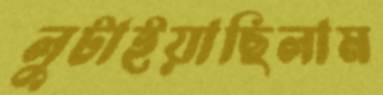
লুটাইয়াছিলাম